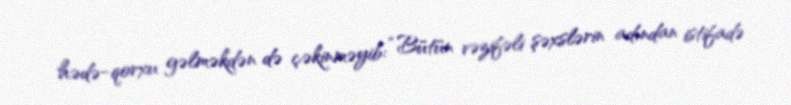
hədə-qorxu gəlməkdən də çəkinməyib: “Bütün vəzifəli şəxslərin adından istifadə